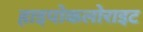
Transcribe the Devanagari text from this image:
हाइपोकलोराइट